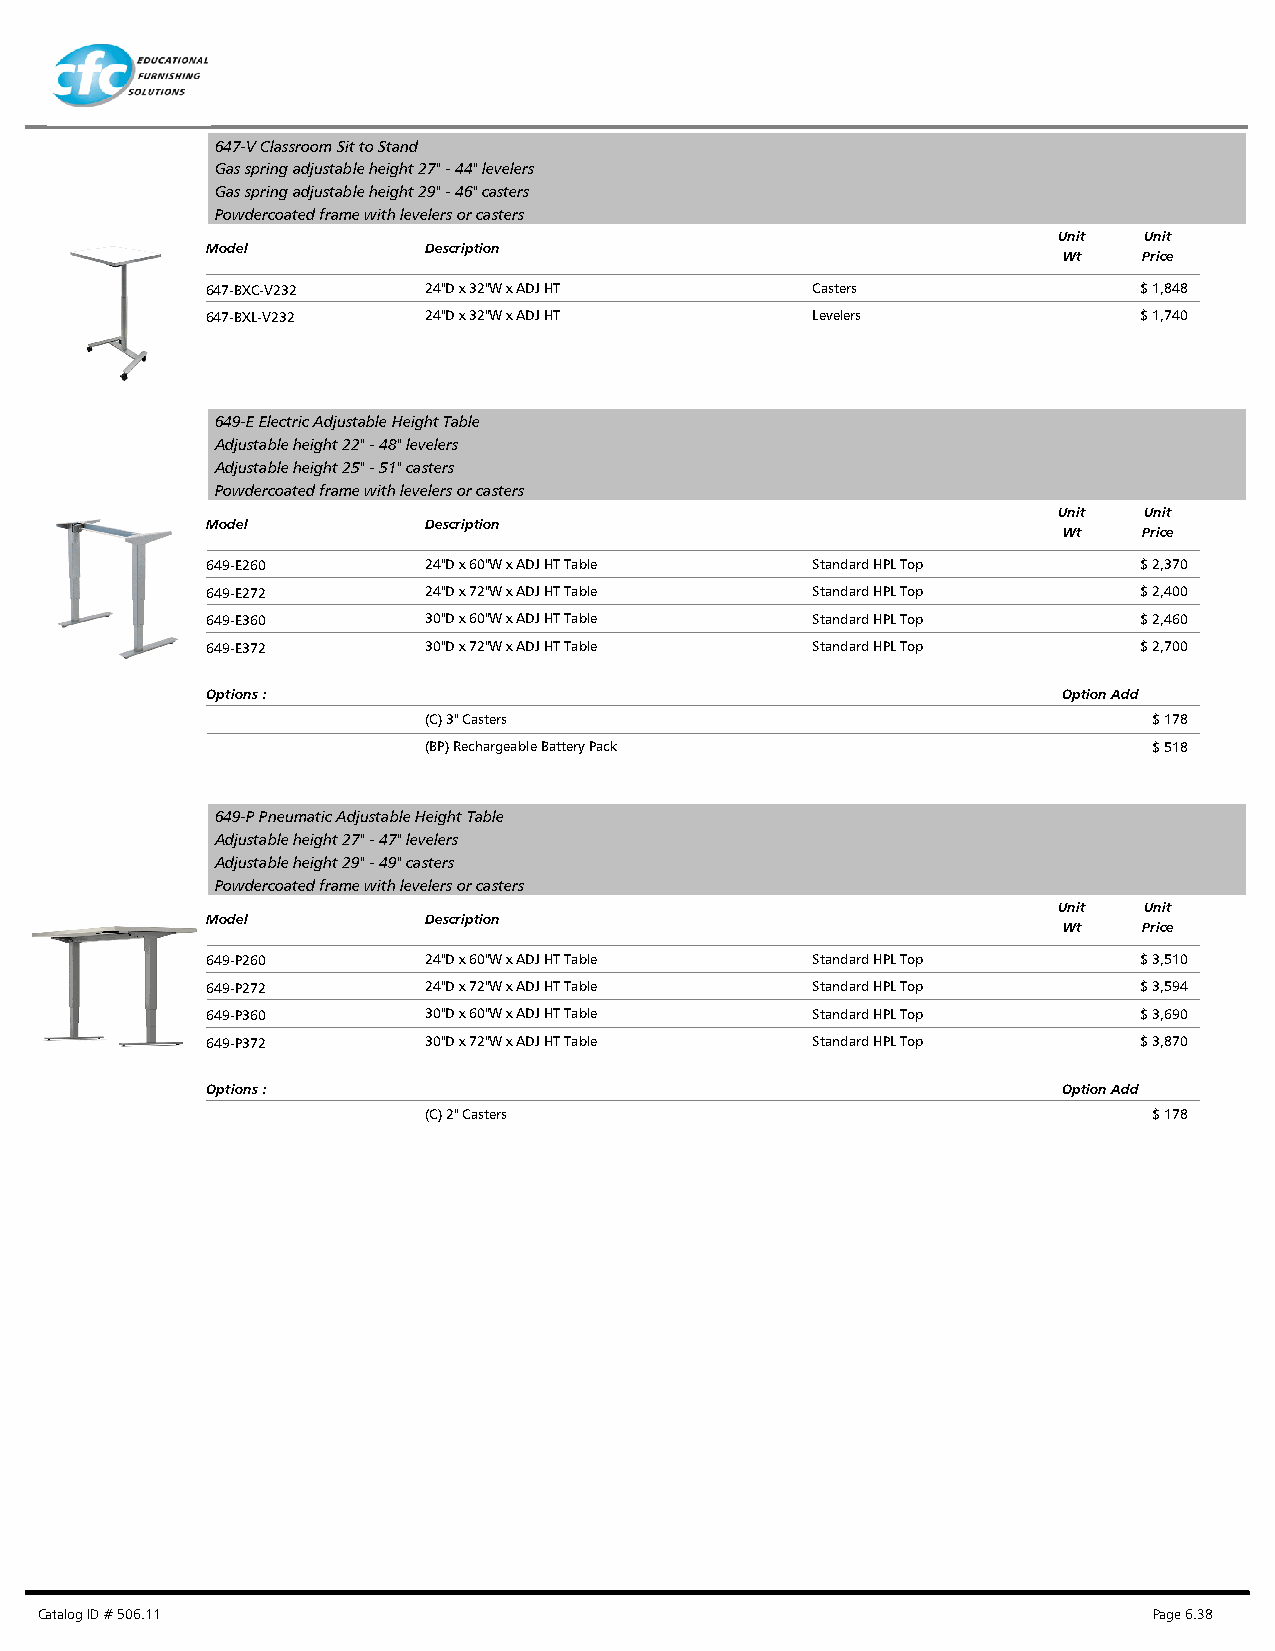
647-V Classroom Sit to Stand
 Gas spring adjustable height 27" - 44" levelers
 Gas spring adjustable height 29" - 46" casters
 Powdercoated frame with levelers or casters
 Unit  Unit
 Model         Description
 Wt    Price
 647-BXC-V232  24"D x 32"W x ADJ HT      Casters              $ 1,848
 647-BXL-V232  24"D x 32"W x ADJ HT      Levelers             $ 1,740
 649-E Electric Adjustable Height Table
 Adjustable height 22" - 48" levelers
 Adjustable height 25" - 51" casters
 Powdercoated frame with levelers or casters
 Unit  Unit
 Model         Description
 Wt    Price
 649-E260      24"D x 60"W x ADJ HT Table Standard HPL Top    $ 2,370
 649-E272      24"D x 72"W x ADJ HT Table Standard HPL Top    $ 2,400
 649-E360      30"D x 60"W x ADJ HT Table Standard HPL Top    $ 2,460
 649-E372      30"D x 72"W x ADJ HT Table Standard HPL Top    $ 2,700
 Options :                                               Option Add
 (C) 3" Casters                                  $ 178
 (BP) Rechargeable Battery Pack                  $ 518
 649-P Pneumatic Adjustable Height Table
 Adjustable height 27" - 47" levelers
 Adjustable height 29" - 49" casters
 Powdercoated frame with levelers or casters
 Unit  Unit
 Model         Description
 Wt    Price
 649-P260      24"D x 60"W x ADJ HT Table Standard HPL Top    $ 3,510
 649-P272      24"D x 72"W x ADJ HT Table Standard HPL Top    $ 3,594
 649-P360      30"D x 60"W x ADJ HT Table Standard HPL Top    $ 3,690
 649-P372      30"D x 72"W x ADJ HT Table Standard HPL Top    $ 3,870
 Options :                                               Option Add
 (C) 2" Casters                                  $ 178
 Catalog ID # 506.11                                                       Page 6.38